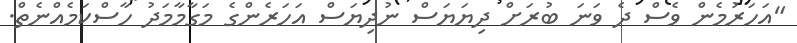
"އަހަރުމެން ވެސް ދެ ވަނަ ބުރަށް ދިޔަޔަސް ނުދިޔަސް އަހަރެންގެ މަގާމާމަދު ހާސްކަމެއްނެތް.